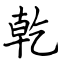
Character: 乾